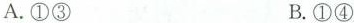
A.①③ B.①④